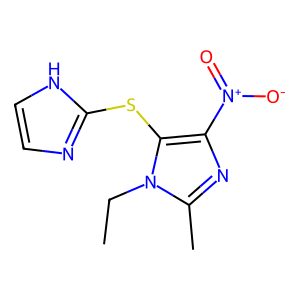
SMILES: CCn1c(C)nc([N+](=O)[O-])c1Sc1ncc[nH]1
Inhibits HIV replication: No